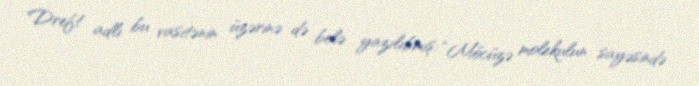
Dreft adlı bu vasitənin üzərinə də belə yazılıbmış: “Möcüzə molekulun sayəsində